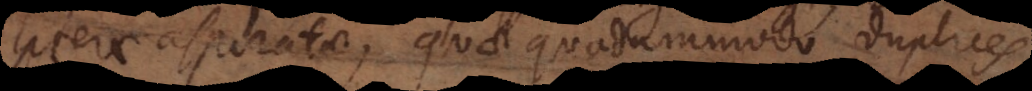
literae aspiratae, quae quodammodo duplices